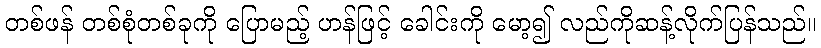
တစ်ဖန် တစ်စုံတစ်ခုကို ပြောမည့် ဟန်ဖြင့် ခေါင်းကို မော့၍ လည်ကိုဆန့်လိုက်ပြန်သည်။